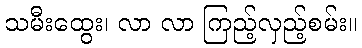
သမီးထွေး၊ လာ လာ ကြည့်လှည့်စမ်း။